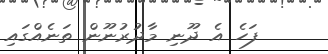
ފަހެ އެ ދޫނި މާދުރުނޫން ތަނެއްގައި